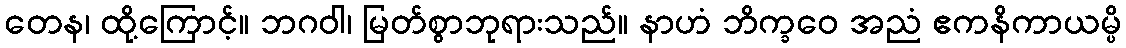
တေန၊ ထို့ကြောင့်။ ဘဂဝါ၊ မြတ်စွာဘုရားသည်။ နာဟံ ဘိက္ခဝေ အညံ ဧကနိကာယမ္ပိ